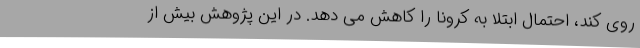
روی کُند، احتمال ابتلا به کرونا را کاهش می دهد. در این پژوهش بیش از